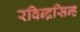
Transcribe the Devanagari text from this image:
रविन्द्रसिन्ह